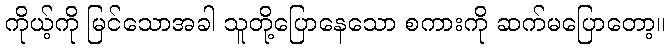
ကိုယ့်ကို မြင်သောအခါ သူတို့ပြောနေသော စကားကို ဆက်မပြောတော့။